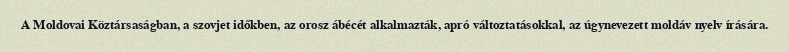
A Moldovai Köztársaságban, a szovjet időkben, az orosz ábécét alkalmazták, apró változtatásokkal, az úgynevezett moldáv nyelv írására.